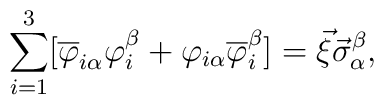
\sum_{i=1}^{3}[ \overline{\varphi}_{i\alpha} {\varphi}_i^\beta+\varphi_{i\alpha}\overline{\varphi}_i^\beta]=\vec{\xi}\vec{\sigma}_\alpha^\beta,